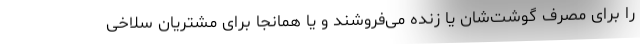
را برای مصرف گوشت‌شان یا زنده می‌فروشند و یا همانجا برای مشتریان سلاخی